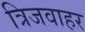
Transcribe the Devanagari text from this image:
त्रिजवाहर